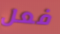
فعل